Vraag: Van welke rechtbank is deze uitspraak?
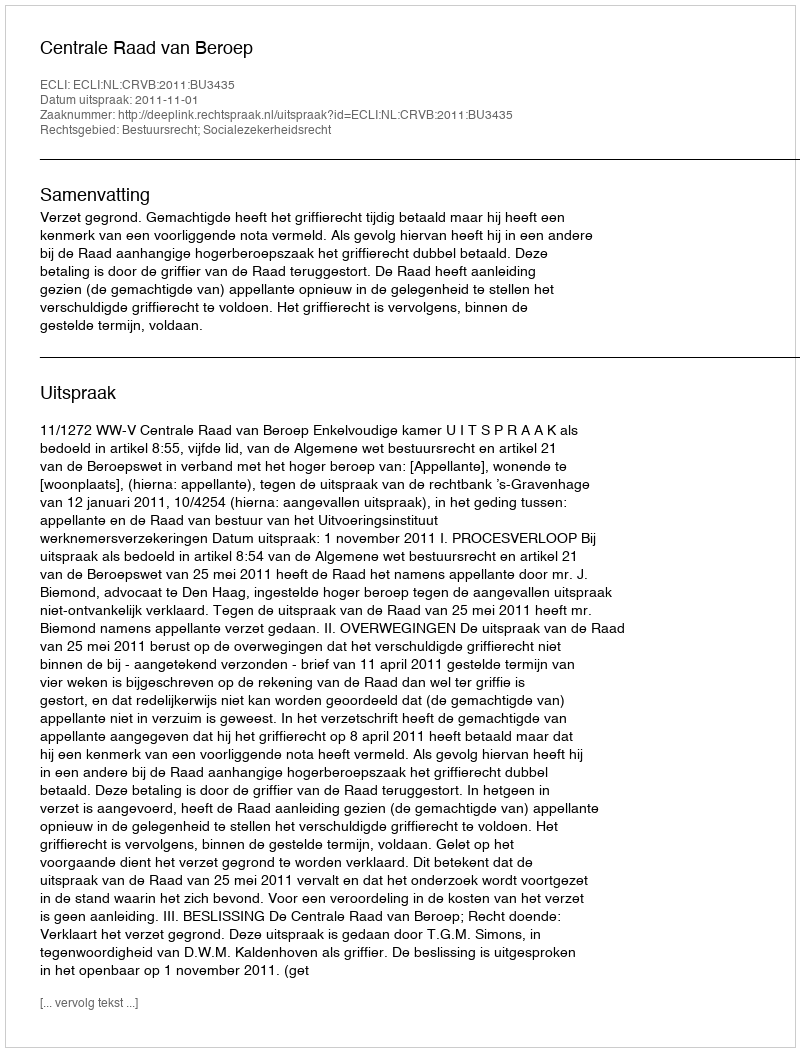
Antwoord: Centrale Raad van Beroep